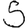
Digit: 5